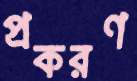
প্রকরণ